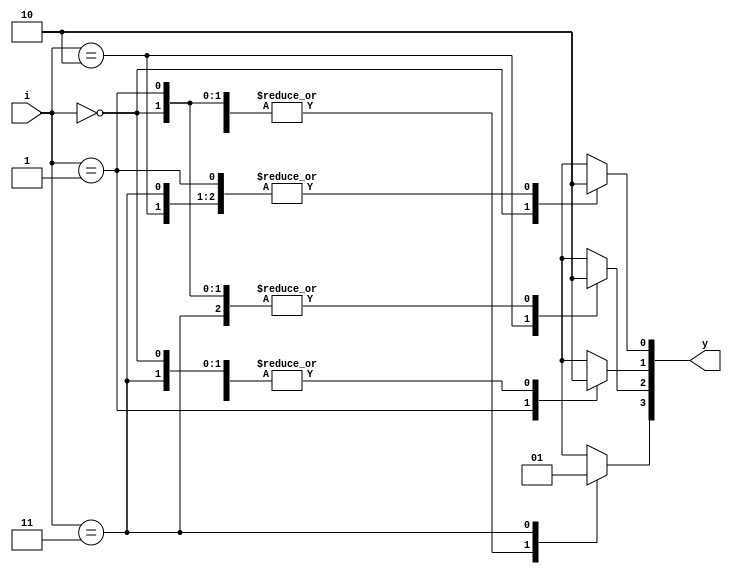
// This program was cloned from: https://github.com/Suni123456789/100DaysRTL
// License: Apache License 2.0

`timescale 1ns / 1ps

module decoder_2_4(
    input [1:0] i,
   	output reg[3:0] y);
	always@(i)
		begin
		y=0;
			case(i)	
					2'b00 : y[0] = 1'b1;
					2'b01 : y[1] = 1'b1;
					2'b10 : y[2] = 1'b1;
					2'b11 : y[3] = 1'b1;
			endcase
		end	
endmodule

module decoder_nand(
    input a,b,
    output nand_g 
    );
    wire [3:0]w;
    decoder_2_4 nandgate({a,b}, w);
    assign nand_g= ~w[3];
endmodule